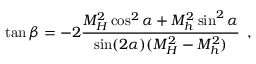
\tan \beta = - 2 \frac { M _ { H } ^ { 2 } \cos ^ { 2 } \alpha + M _ { h } ^ { 2 } \sin ^ { 2 } \alpha } { \sin ( 2 \alpha ) ( M _ { H } ^ { 2 } - M _ { h } ^ { 2 } ) } \enskip ,